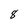
Character: 8